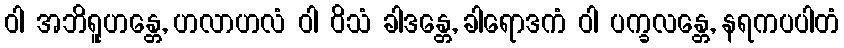
ဝါ အဘိရူဟန္တေ, ဟလာဟလံ ဝါ ဝိသံ ခါဒန္တေ, ခါရောဒကံ ဝါ ပက္ခလန္တေ, နရကပပါတံ